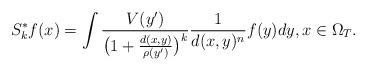
LaTeX: \begin{align*}S^{\ast}_{k}f(x)&= \int {{V(y')}\over{\big( 1+ {{d(x,y)}\over{\rho(y')}}\big)^{k}}} {1\over{d(x,y)^{n}}} f(y)dy, x\in\Omega_{T}.\end{align*}